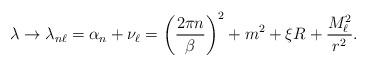
LaTeX: \begin{align*}\lambda \rightarrow \lambda _{n\ell }=\alpha _{n}+\nu _{\ell }=\left(\frac{2\pi n}{\beta }\right)^{2}+m^{2}+\xi R+\frac{M_{\ell }^{2}}{r^{2}}.\end{align*}